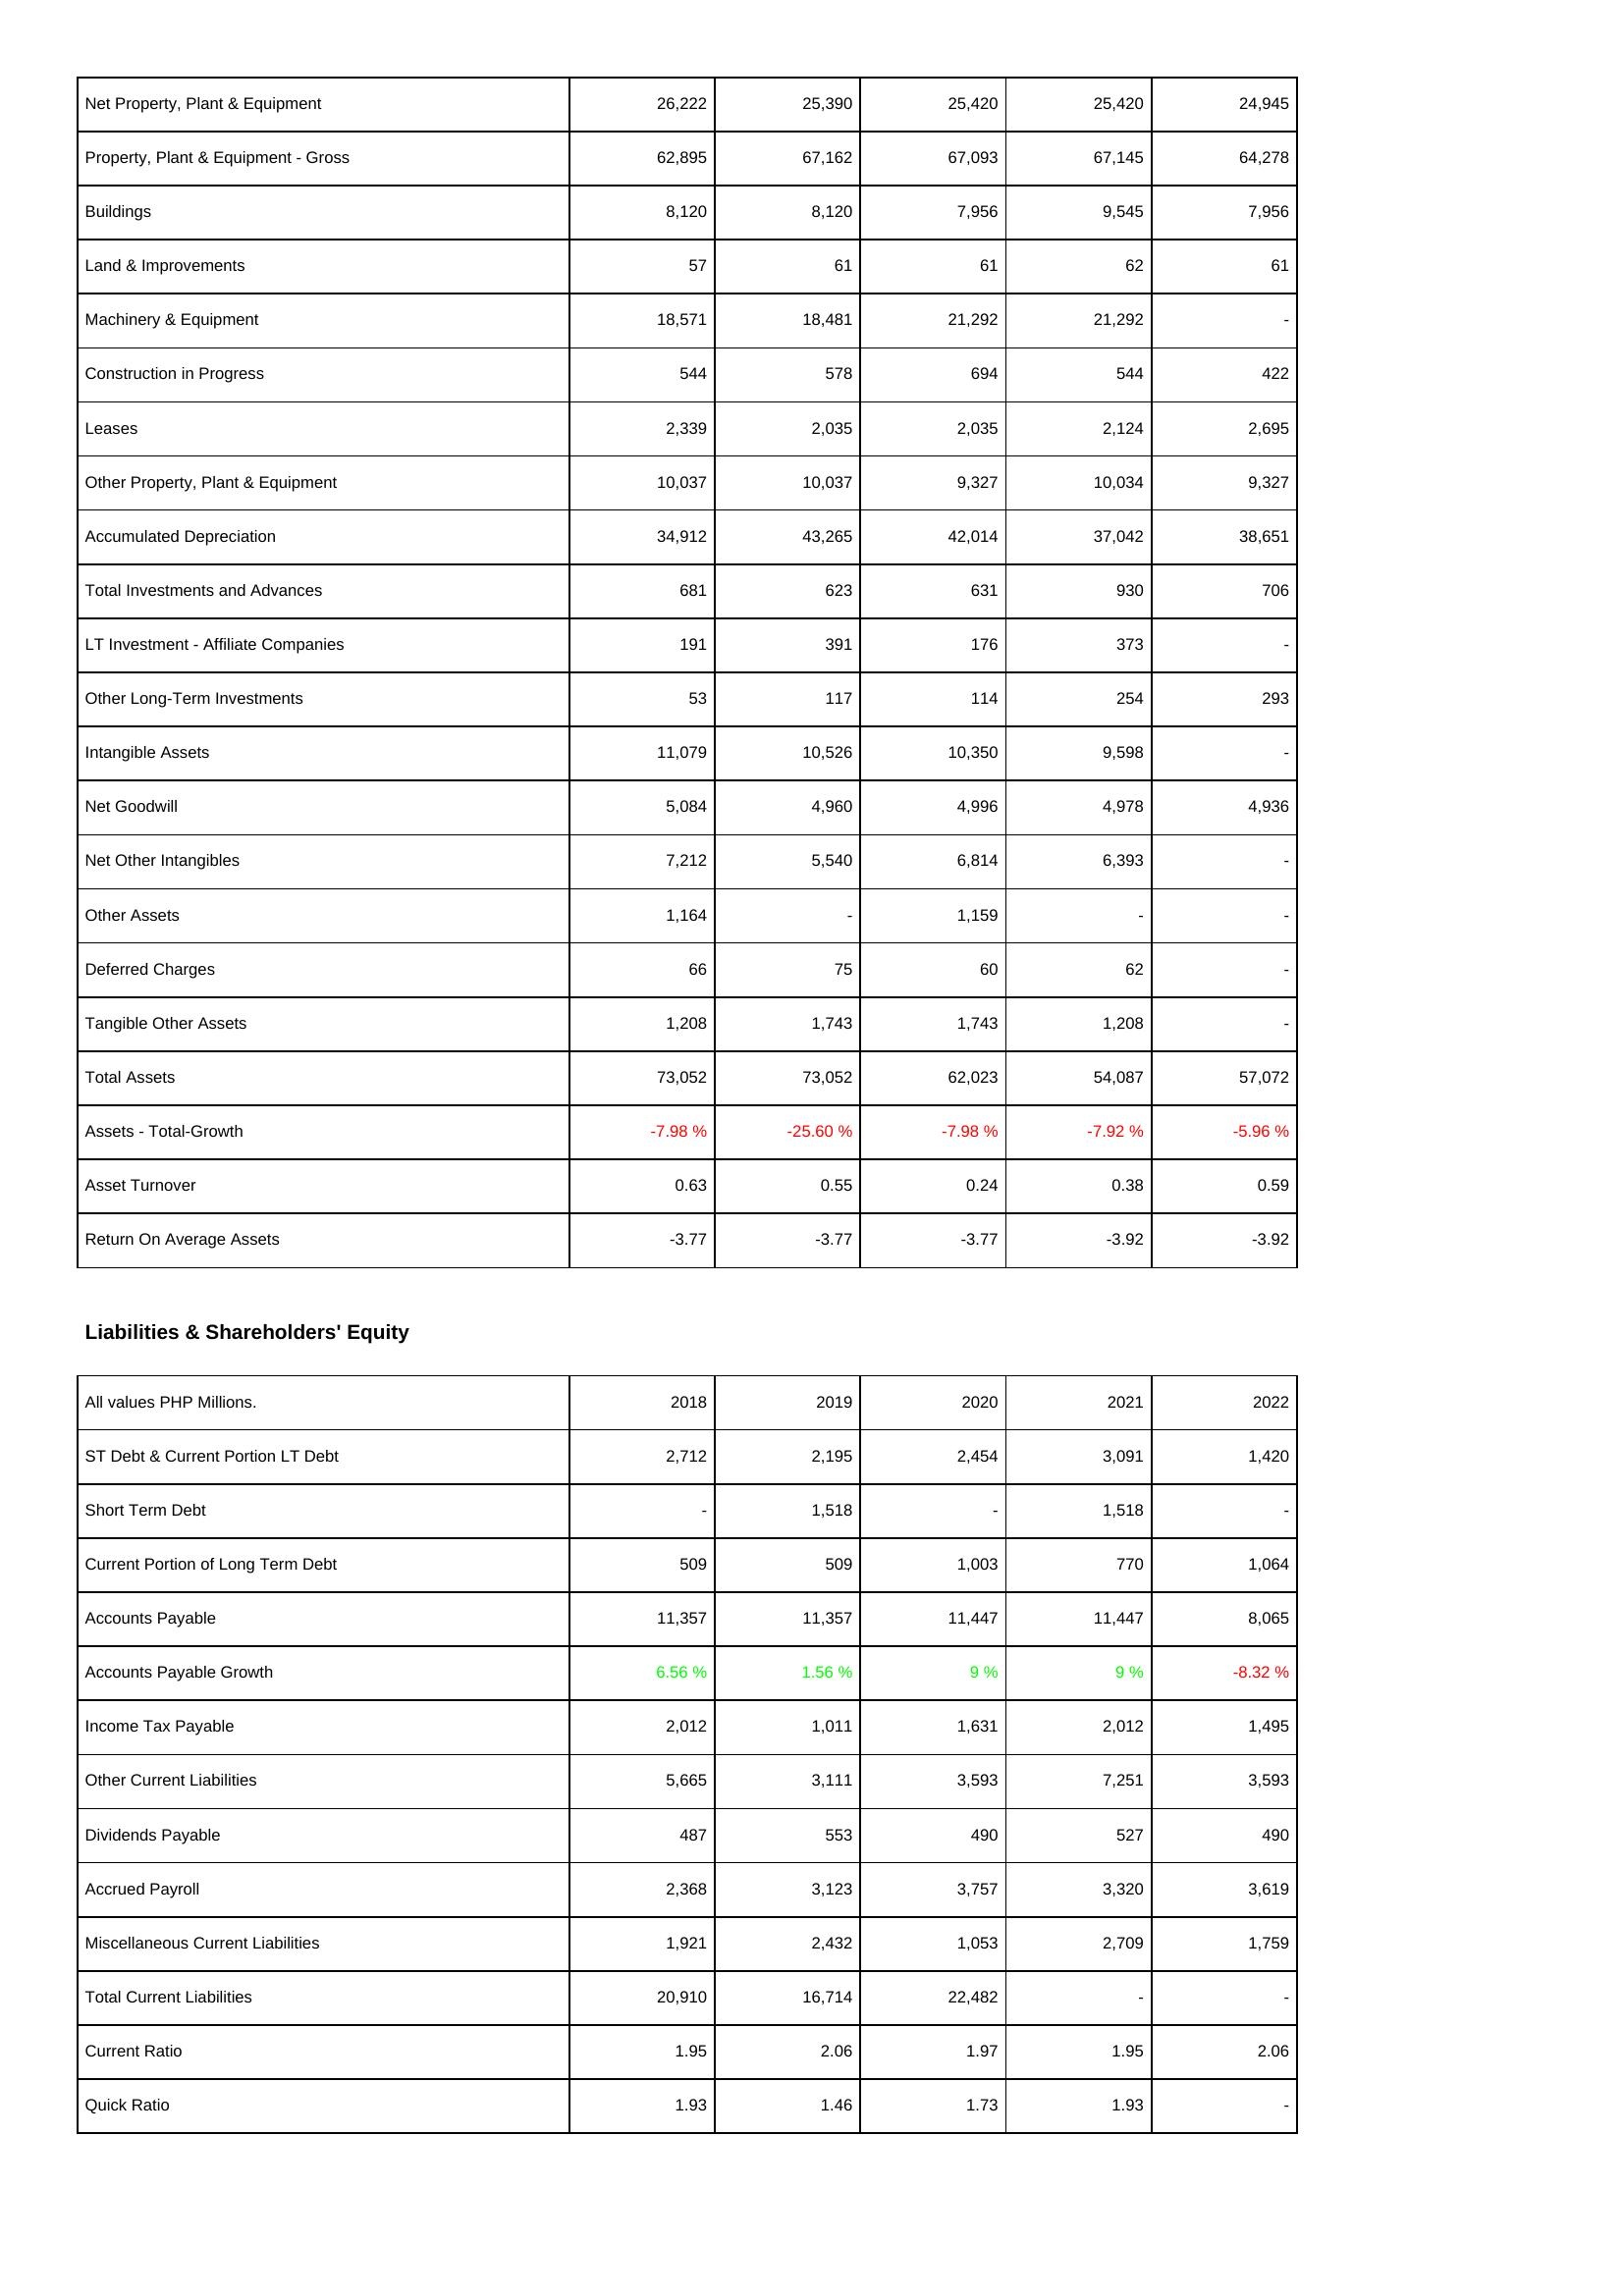
2018: Assets: Net Property, Plant & Equipment: 26,222
Property, Plant & Equipment - Gross: 62,895
Buildings: 8,120
Land & Improvements: 57
Machinery & Equipment: 18,571
Construction in Progress: 544
Leases: 2,339
Other Property, Plant & Equipment: 10,037
Accumulated Depreciation: 34,912
Total Investments and Advances: 681
LT Investment - Affiliate Companies: 191
Other Long-Term Investments: 53
Intangible Assets: 11,079
Net Goodwill: 5,084
Net Other Intangibles: 7,212
Other Assets: 1,164
Deferred Charges: 66
Tangible Other Assets: 1,208
Total Assets: 73,052
Assets - Total-Growth: -7.98 %
Asset Turnover: 0.63
Return On Average Assets: -3.77
Liabilities & Shareholders' Equity: ST Debt & Current Portion LT Debt: 2,712
Short Term Debt: -
Current Portion of Long Term Debt: 509
Accounts Payable: 11,357
Accounts Payable Growth: 6.56 %
Income Tax Payable: 2,012
Other Current Liabilities: 5,665
Dividends Payable: 487
Accrued Payroll: 2,368
Miscellaneous Current Liabilities: 1,921
Total Current Liabilities: 20,910
Current Ratio: 1.95
Quick Ratio: 1.93
2019: Assets: Net Property, Plant & Equipment: 25,390
Property, Plant & Equipment - Gross: 67,162
Buildings: 8,120
Land & Improvements: 61
Machinery & Equipment: 18,481
Construction in Progress: 578
Leases: 2,035
Other Property, Plant & Equipment: 10,037
Accumulated Depreciation: 43,265
Total Investments and Advances: 623
LT Investment - Affiliate Companies: 391
Other Long-Term Investments: 117
Intangible Assets: 10,526
Net Goodwill: 4,960
Net Other Intangibles: 5,540
Other Assets: -
Deferred Charges: 75
Tangible Other Assets: 1,743
Total Assets: 73,052
Assets - Total-Growth: -25.60 %
Asset Turnover: 0.55
Return On Average Assets: -3.77
Liabilities & Shareholders' Equity: ST Debt & Current Portion LT Debt: 2,195
Short Term Debt: 1,518
Current Portion of Long Term Debt: 509
Accounts Payable: 11,357
Accounts Payable Growth: 1.56 %
Income Tax Payable: 1,011
Other Current Liabilities: 3,111
Dividends Payable: 553
Accrued Payroll: 3,123
Miscellaneous Current Liabilities: 2,432
Total Current Liabilities: 16,714
Current Ratio: 2.06
Quick Ratio: 1.46
2020: Assets: Net Property, Plant & Equipment: 25,420
Property, Plant & Equipment - Gross: 67,093
Buildings: 7,956
Land & Improvements: 61
Machinery & Equipment: 21,292
Construction in Progress: 694
Leases: 2,035
Other Property, Plant & Equipment: 9,327
Accumulated Depreciation: 42,014
Total Investments and Advances: 631
LT Investment - Affiliate Companies: 176
Other Long-Term Investments: 114
Intangible Assets: 10,350
Net Goodwill: 4,996
Net Other Intangibles: 6,814
Other Assets: 1,159
Deferred Charges: 60
Tangible Other Assets: 1,743
Total Assets: 62,023
Assets - Total-Growth: -7.98 %
Asset Turnover: 0.24
Return On Average Assets: -3.77
Liabilities & Shareholders' Equity: ST Debt & Current Portion LT Debt: 2,454
Short Term Debt: -
Current Portion of Long Term Debt: 1,003
Accounts Payable: 11,447
Accounts Payable Growth: 9 %
Income Tax Payable: 1,631
Other Current Liabilities: 3,593
Dividends Payable: 490
Accrued Payroll: 3,757
Miscellaneous Current Liabilities: 1,053
Total Current Liabilities: 22,482
Current Ratio: 1.97
Quick Ratio: 1.73
2021: Assets: Net Property, Plant & Equipment: 25,420
Property, Plant & Equipment - Gross: 67,145
Buildings: 9,545
Land & Improvements: 62
Machinery & Equipment: 21,292
Construction in Progress: 544
Leases: 2,124
Other Property, Plant & Equipment: 10,034
Accumulated Depreciation: 37,042
Total Investments and Advances: 930
LT Investment - Affiliate Companies: 373
Other Long-Term Investments: 254
Intangible Assets: 9,598
Net Goodwill: 4,978
Net Other Intangibles: 6,393
Other Assets: -
Deferred Charges: 62
Tangible Other Assets: 1,208
Total Assets: 54,087
Assets - Total-Growth: -7.92 %
Asset Turnover: 0.38
Return On Average Assets: -3.92
Liabilities & Shareholders' Equity: ST Debt & Current Portion LT Debt: 3,091
Short Term Debt: 1,518
Current Portion of Long Term Debt: 770
Accounts Payable: 11,447
Accounts Payable Growth: 9 %
Income Tax Payable: 2,012
Other Current Liabilities: 7,251
Dividends Payable: 527
Accrued Payroll: 3,320
Miscellaneous Current Liabilities: 2,709
Total Current Liabilities: -
Current Ratio: 1.95
Quick Ratio: 1.93
2022: Assets: Net Property, Plant & Equipment: 24,945
Property, Plant & Equipment - Gross: 64,278
Buildings: 7,956
Land & Improvements: 61
Machinery & Equipment: -
Construction in Progress: 422
Leases: 2,695
Other Property, Plant & Equipment: 9,327
Accumulated Depreciation: 38,651
Total Investments and Advances: 706
LT Investment - Affiliate Companies: -
Other Long-Term Investments: 293
Intangible Assets: -
Net Goodwill: 4,936
Net Other Intangibles: -
Other Assets: -
Deferred Charges: -
Tangible Other Assets: -
Total Assets: 57,072
Assets - Total-Growth: -5.96 %
Asset Turnover: 0.59
Return On Average Assets: -3.92
Liabilities & Shareholders' Equity: ST Debt & Current Portion LT Debt: 1,420
Short Term Debt: -
Current Portion of Long Term Debt: 1,064
Accounts Payable: 8,065
Accounts Payable Growth: -8.32 %
Income Tax Payable: 1,495
Other Current Liabilities: 3,593
Dividends Payable: 490
Accrued Payroll: 3,619
Miscellaneous Current Liabilities: 1,759
Total Current Liabilities: -
Current Ratio: 2.06
Quick Ratio: -